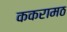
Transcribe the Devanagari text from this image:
ककरामठ